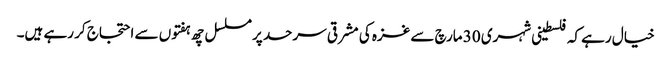
خیال رہے کہ فلسطینی شہری 30 مارچ سے غزہ کی مشرقی سرحد پر مسلسل چھ ہفتوں سے احتجاج کر رہے ہیں۔